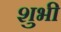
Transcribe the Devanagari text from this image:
शुभी